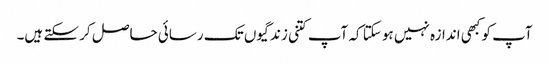
آپ کو کبھی اندازہ نہیں ہو سکتا کہ آپ کتنی زندگیوں تک رسائی حاصل کر سکتے ہیں۔